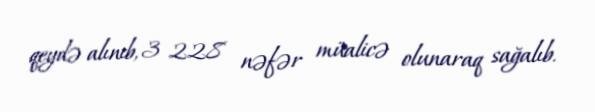
qeydə alınıb, 3 228 nəfər müalicə olunaraq sağalıb.